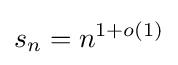
s_{n}=n^{1+o(1)}